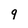
Character: 9